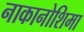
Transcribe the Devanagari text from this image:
नाकानोशिमा